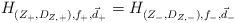
LaTeX: \begin{align*}H_{(Z_+,D_{Z,+}),f_+,\vec d_+}=H_{(Z_-,D_{Z,-}),f_-,\vec d_-} \end{align*}